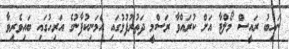
ނައިބު ރައީސް މޯލްޓާ އަށް ކުރައްވާ ރަސްމީ ދަތުރުފުޅުގައި އެމަނިކުފާނުގެ އަރިހުގައި ބައިވެރިވާ